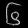
Digit: ၆